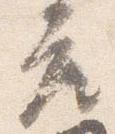
座